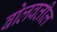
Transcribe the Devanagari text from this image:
बोलवतील